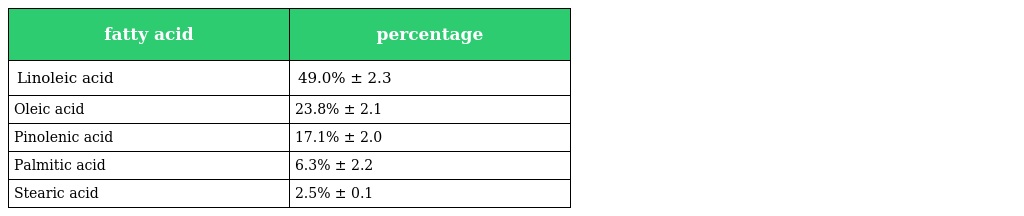
| fatty acid | percentage |
 | --- | --- |
 | Linoleic acid | 49.0% ± 2.3 |
 | Oleic acid | 23.8% ± 2.1 |
 | Pinolenic acid | 17.1% ± 2.0 |
 | Palmitic acid | 6.3% ± 2.2 |
 | Stearic acid | 2.5% ± 0.1 |